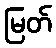
မြတ်